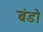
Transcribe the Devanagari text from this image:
बंडो